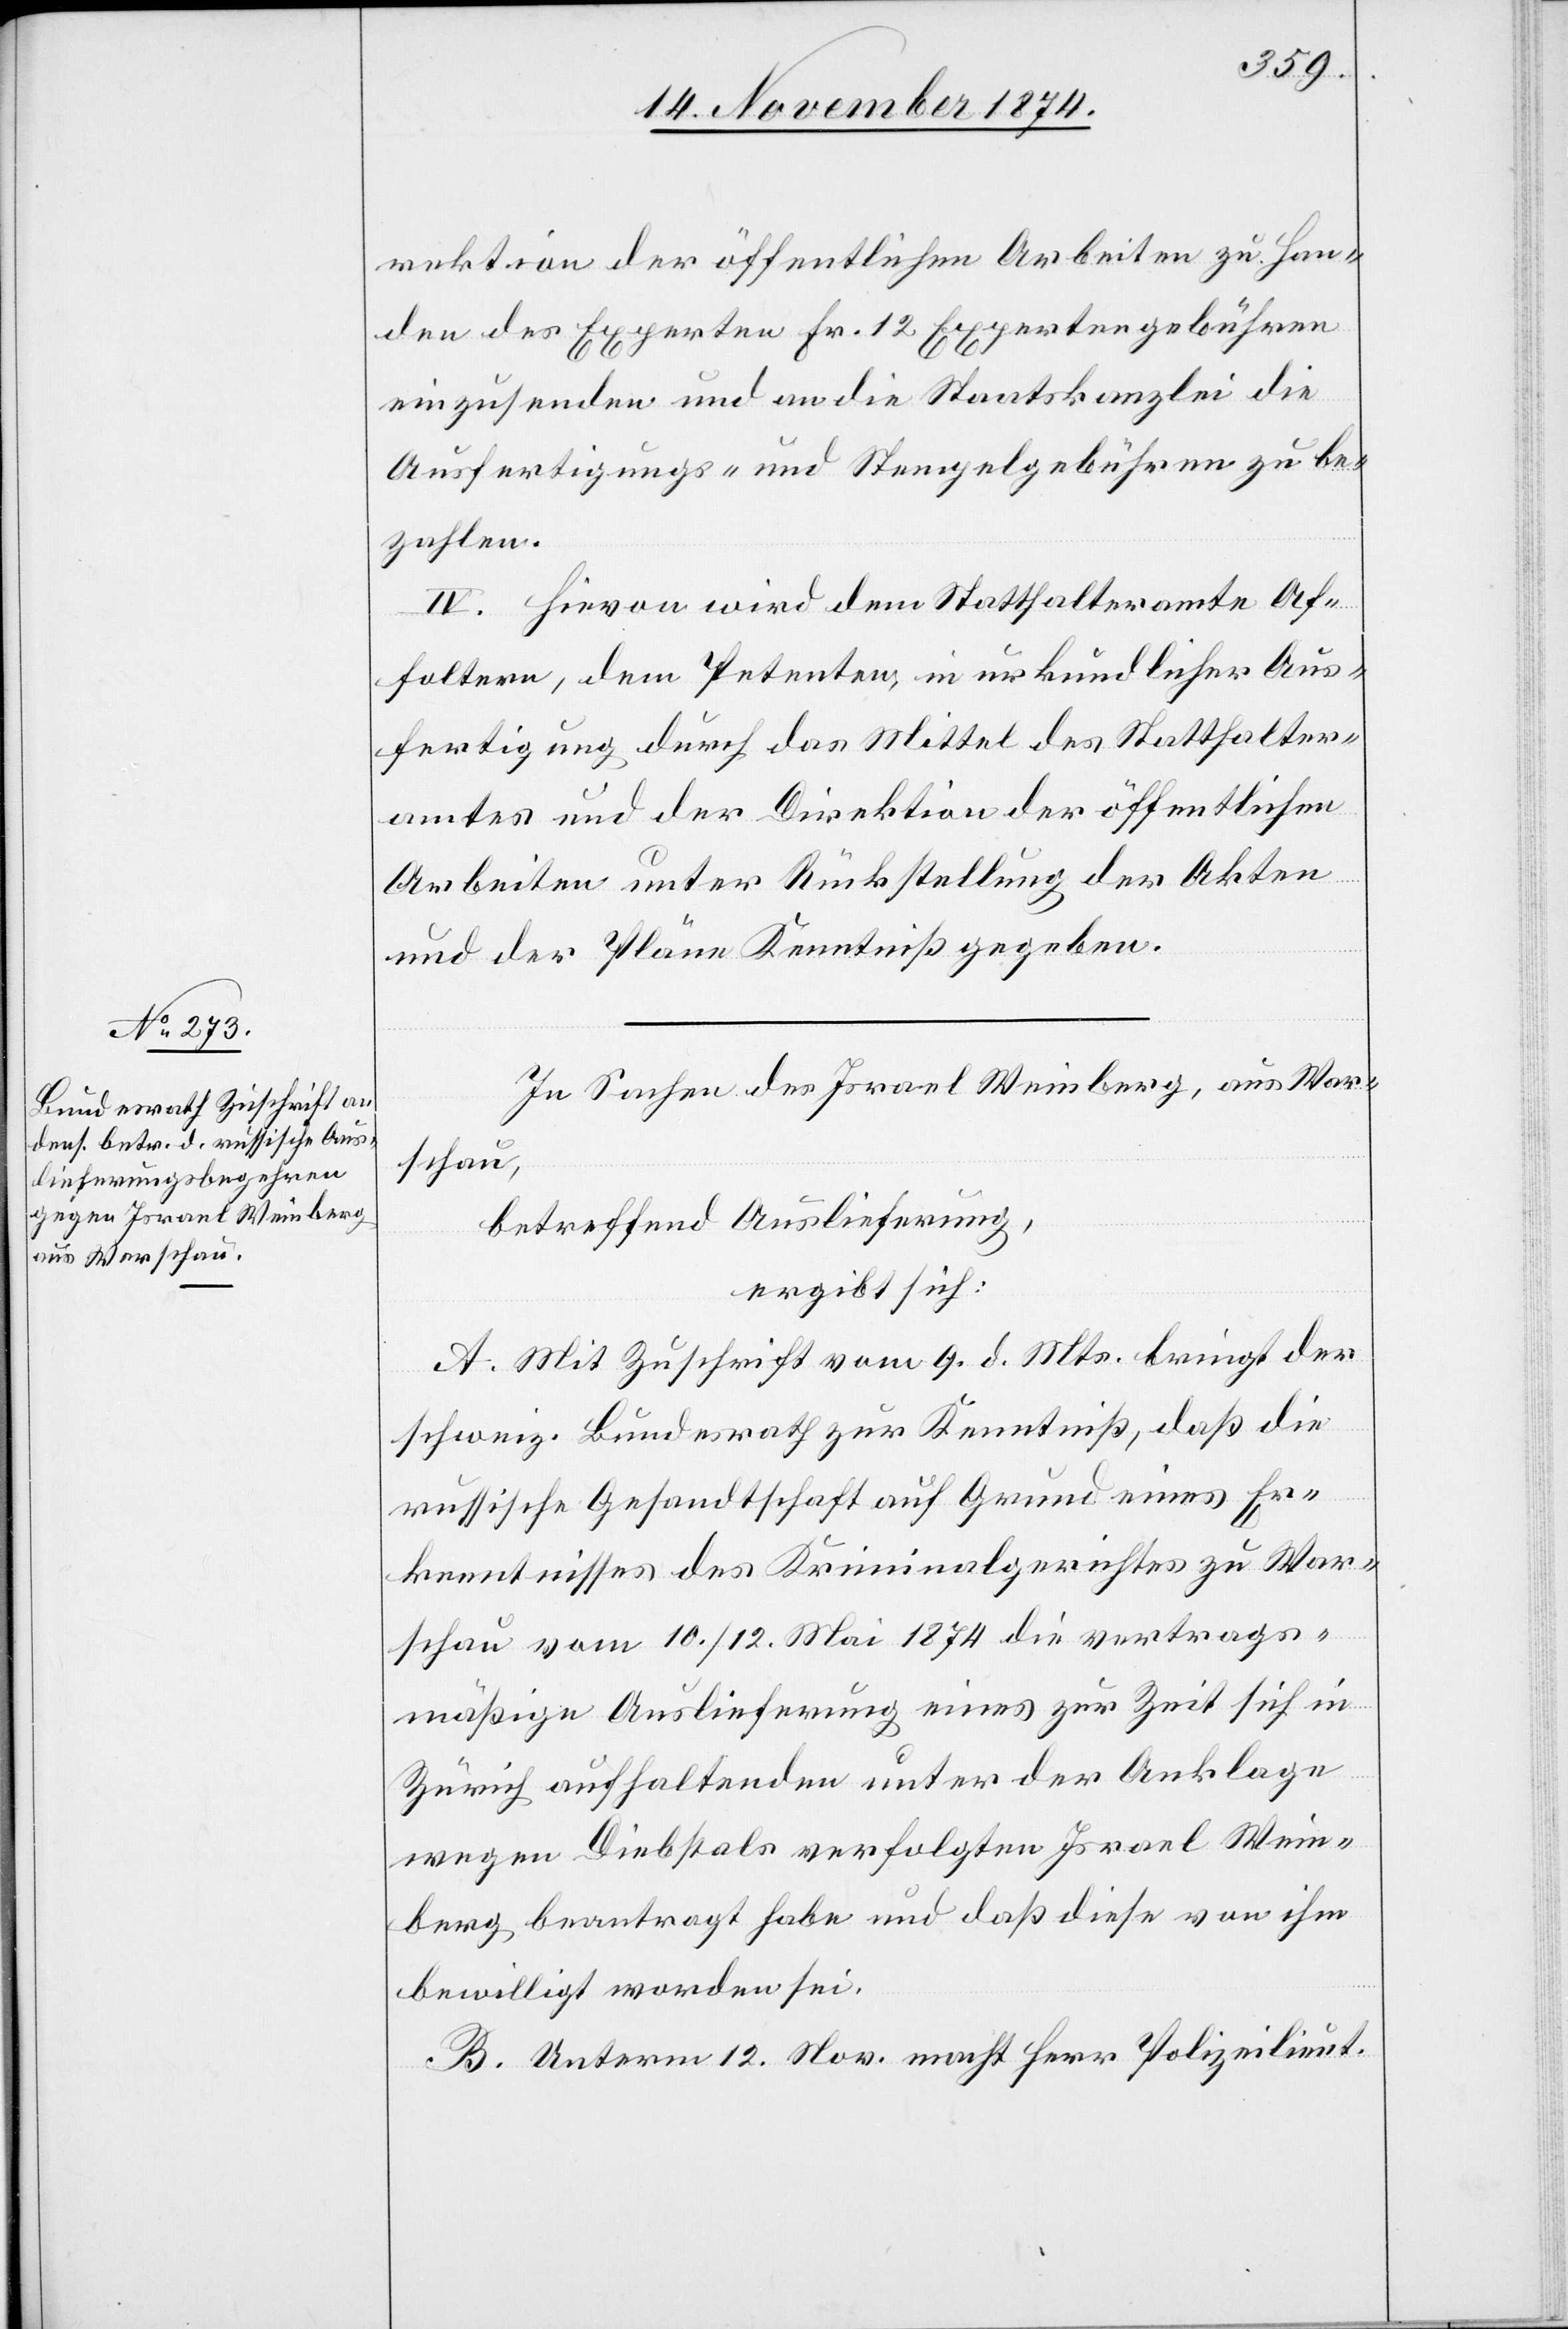
rektion der öffentlichen Arbeiten zu Han¬
den des Experten Fr. 12 Expertengebühren
einzusenden und an die Staatskanzlei die
Ausfertigungs- und Stempelgebühren zu be¬
zahlen.
IV. Hievon wird dem Statthalteramte Af¬
foltern, dem Petenten, in urkundliche Aus¬
fertigung durch das Mittel des Statthalter¬
amtes und der Direktion der öffentlichen
Arbeiten unter Rückstellung der Akten
und der Pläne Kenntniß gegeben.
In Sachen des Israel Weinberg, aus War¬
schau,
betreffend Auslieferung,
ergibt sich:
A. Mit Zuschrift vom 9. d. Mts. bringt der
schweiz. Bundesrath zur Kenntniß, daß die
russische Gesandtschaft auf Grund eines Er¬
kenntnisses des Kriminalgerichtes zu War¬
schau vom 10./12. Mai 1874 die vertrags¬
mäßige Auslieferung eines zur Zeit sich in
Zürich aufhaltenden unter der Anklage
wegen Diebstals verfolgten Israel Wein¬
berg beantragt habe und daß diese von ihm
bewilligt worden sei.
B. Unterm 12. Nov. macht Herr Polizeilieut.